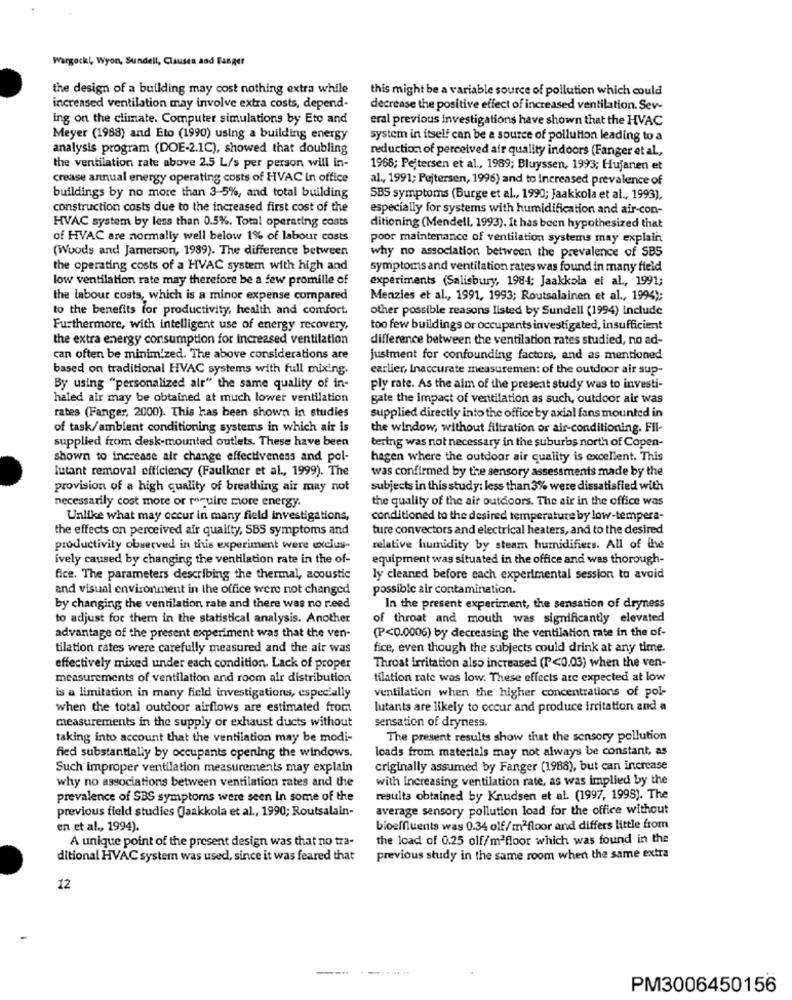
Wargock !, Wyon, Sundell, Clausen and Fanger
the design of a building may cost nothing extra while
this might be a variable source of pollution which could
increased ventilation may involve extra costs, depend-
decrease the positive effect of increased ventilation. Sev-
ing on the climate. Computer simulations by Eto and
eral previous investigations have shown that the HVAC
Meyer (1988) and Eto (1990) using a building energy
system in itself can be a source of pollution leading to a
analysis program (DOE-2.1C), showed that doubling
reduction of perceived air quality indoors (Fanger et al .,
the ventilation rate above 2.5 L/s per person will in-
1968; Pejtersen et al ., 1989; Bluyssen, 1993; Hujanen et
crease annual energy operating costs of HVAC in office
al ., 1991; Pejtersen, 1996) and to Increased prevalence of
buildings by no more than 3-5%, and total building
SBS symptoms (Burge et al ., 1990; Jaakkola et al ., 1993),
construction costs due to the increased first cost of the
especially for systems with humidification and air-con-
HVAC system by less than 0.5%. Total operating costs
ditioning (Mendell, 1993). It has been hypothesized that
of HVAC are normally well below 1% of labour costs
poor maintenance of ventilation systems may explain
(Woods and Jamerson, 1989). The difference between
why no association between the prevalence of SBS
the operating costs of a HVAC system with high and
symptoms and ventilation rates was found in many field
low ventilation rate may therefore be a few promille of
experiments (Salisbury, 1984; Jaakkola et al, 1991;
the inbour costs, which is a minor expense compared
Menzies et al ., 1991, 1993; Routsalainen et al ., 1994);
to the benefits for productivity, health and comfort
other possible reasons listed by Sundell (1994) Include
Furthermore, with intelligent use of energy recovery,
too few buildings or occupants investigated, insufficient
the extra energy consumption for increased ventilation
difference between the ventilation rates studied, no ad-
can often be minimized. The above considerations are
justment for confounding factors, and as mentioned
based on traditional HVAC systems with full mixing.
earlier, Inaccurate measurement of the outdoor air sup-
By using "personalized alr" the same quality of in-
ply rate. As the aim of the present study was to investi-
haled air may be obtained at much lower ventilation
gate the impact of ventilation as such, outdoor air was
rates (Fanger, 2000). This has been shown in studies
supplied directly into the office by axial fans mounted in
of task/ambient conditioning systems in which air is
the window, without filtration or air-conditioning. Fil-
tering was not necessary in the suburbs north of Copen-
supplied from desk-mounted outlets. These have been
shown to increase air change effectiveness and pol-
hagen where the outdoor air quality is excellent. This
lutant removal efficiency (Faulkner et al ., 1999). The
was confirmed by the sensory assessments made by the
provision of a high quality of breathing air may not
subjects in this study: less than 3% were dissatisfied with
necessarily cost more or require more energy.
the quality of the air outdoors. The air in the office was
Unlike what may occur in many field investigations,
conditioned to the desired temperature by low-tempera-
the effects on perceived air quality, SBS symptoms and
ture convectors and electrical heaters, and to the desired
productivity observed in this experiment were exclus-
relative humidity by steam humidifiers. All of the
ively caused by changing the ventilation rate in the of-
equipment was situated in the office and was thorough-
fice. The parameters describing the thermal, acoustic
ly cleaned before each experimental session to avoid
and visual environment in the office were not changed
possible air contamination.
by changing the ventilation rate and there was no need
In the present experiment, the sensation of dryness
to adjust for them in the statistical analysis. Another
of throat and mouth was significantly elevated
advantage of the present experiment was that the ven-
(P<0.0006) by decreasing the ventilation rate in the of-
tilation rates were carefully measured and the air was
fice, even though the subjects could drink at any time.
effectively mixed under each condition. Lack of proper
Throat Irritation also increased (P<0.03) when the ven-
measurements of ventilation and room air distribution
tilation rate was low. These effects are expected at low
ventilation when the higher concentrations of pol-
is a limitation in many field investigations, especially
when the total outdoor airflows are estimated from
lutants are likely to occur and produce irritation and a
measurements in the supply or exhaust ducts without
sensation of dryness.
taking into account that the ventilation may be modi-
The present results show that the sensory pollution
loads from materials may not always be constant, as
fied substantially by occupants opening the windows.
Such improper ventilation measurements may explain
criginally assumed by Fanger (1988), but can increase
why no associations between ventilation rates and the
with Increasing ventilation rate, as was implied by the
prevalence of SBS symptoms were seen In some of the
results obtained by Knudsen et al. (1997, 1998). The
previous field studies (Jaakkola et al ., 1990; Routsalain-
average sensory pollution load for the office without
en et al ., 1994).
bioeffluents was 0.34 off/ m2floor and differs little from
A unique point of the present design was that no tra-
the load of 0.25 olf/m2floor which was found in the
ditional HVAC system was used, since it was feared that
previous study in the same room when the same extra
12
PM3006450156